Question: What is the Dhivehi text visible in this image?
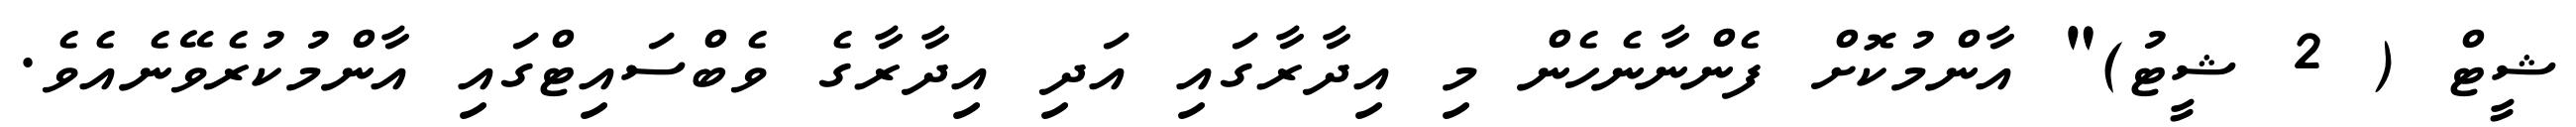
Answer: ޝީޓް ( 2 ޝީޓު)" އާންމުކޮށް ފެންނާނެހެން މި އިދާރާގައި އަދި އިދާރާގެ ވެބްސައިޓްގައި އާންމުކުރެވޭނެއެވެ.